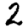
Digit: 2